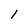
Character: 1